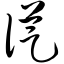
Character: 从